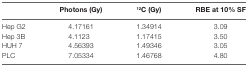
<table><thead><tr><td></td><td><b>Photons (Gy)</b></td><td><b><sup>12</sup>C (Gy)</b></td><td><b>RBE at 10% SF</b></td></tr></thead><tbody><tr><td>Hep G2</td><td>4.17161</td><td>1.34914</td><td>3.09</td></tr><tr><td>Hep 3B</td><td>4.1123</td><td>1.17415</td><td>3.50</td></tr><tr><td>HUH 7</td><td>4.56393</td><td>1.49346</td><td>3.05</td></tr><tr><td>PLC</td><td>7.05334</td><td>1.46768</td><td>4.80</td></tr></tbody></table>